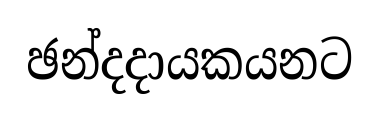
ඡන්දදායකයනට